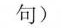
句)